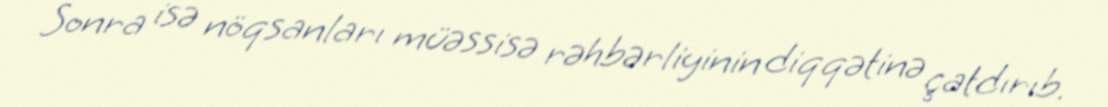
Sonra isə nöqsanları müəssisə rəhbərliyinin diqqətinə çatdırıb.